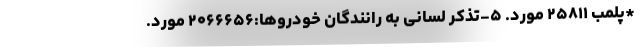
*پلمب ۲۵۸۱۱ مورد. ۵-تذکر لسانی به رانندگان خودروها:۲۰۶۶۶۵۶ مورد.